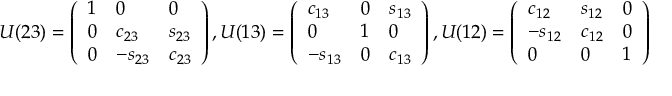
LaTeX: U ( 2 3 ) = \left( \begin{array} { l l l } { { 1 } } & { { 0 } } & { { 0 } } \\ { { 0 } } & { { c _ { 2 3 } } } & { { s _ { 2 3 } } } \\ { { 0 } } & { { - s _ { 2 3 } } } & { { c _ { 2 3 } } } \end{array} \right) , U ( 1 3 ) = \left( \begin{array} { l l l } { { c _ { 1 3 } } } & { { 0 } } & { { s _ { 1 3 } } } \\ { { 0 } } & { { 1 } } & { { 0 } } \\ { { - s _ { 1 3 } } } & { { 0 } } & { { c _ { 1 3 } } } \end{array} \right) , U ( 1 2 ) = \left( \begin{array} { l l l } { { c _ { 1 2 } } } & { { s _ { 1 2 } } } & { { 0 } } \\ { { - s _ { 1 2 } } } & { { c _ { 1 2 } } } & { { 0 } } \\ { { 0 } } & { { 0 } } & { { 1 } } \end{array} \right)